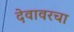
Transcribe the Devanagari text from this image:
देवावरचा